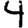
Digit: 4